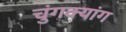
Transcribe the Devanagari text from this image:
चुंगक्यांग